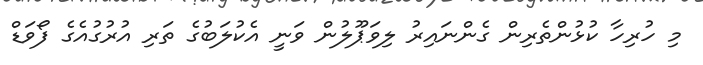
މި ހުރިހާ ކުޅުންތެރިން ގެންނައިރު ލިވަޕޫލުން ވަނީ އެކުލަބުގެ ތަރި އުރުގުއެގެ ފޯވަޑް